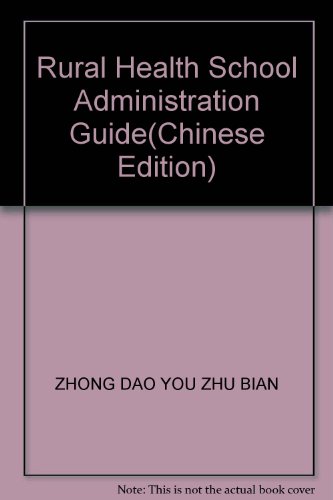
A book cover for Rural Health School Administration Guide; ZHONG DAO YOU ZHU BIAN; Medical Books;